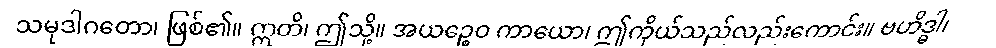
သမုဒါဂတော၊ ဖြစ်၏။ ဣတိ၊ ဤသို့။ အယဉ္စေဝ ကာယော၊ ဤကိုယ်သည်လည်းကောင်း။ ဗဟိဒ္ဓါ၊